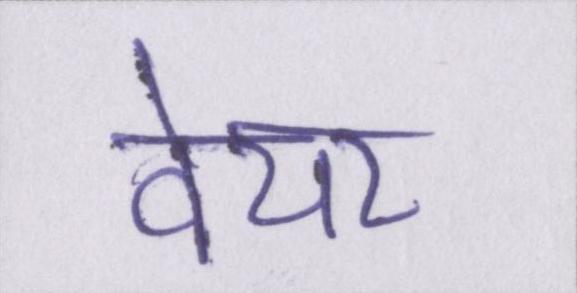
वेयर